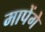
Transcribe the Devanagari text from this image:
मापेंगे